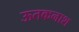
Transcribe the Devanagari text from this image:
ऊतकनाश